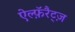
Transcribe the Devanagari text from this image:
ऐल्फ़ॅरैट्ज़